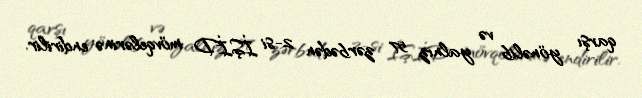
qarşı yönəlib və yalnız 57 zərbədən 2-si İŞİD mövqelərinə endirilir.